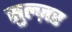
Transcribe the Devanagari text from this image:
सुल्ज़र